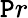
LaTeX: \mathtt{P}r